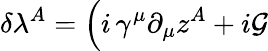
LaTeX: \delta\lambda^{A}=\Big(i\, \gamma^{\mu}\partial_{\mu}z^{A}+i{\cal G}